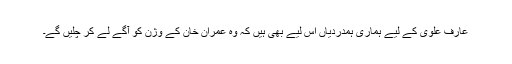
عارف علوی کے لیے ہماری ہمدردیاں اس لیے بھی ہیں کہ وہ عمران خان کے وژن کو آگے لے کر چلیں گے۔